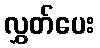
လွှတ်ပေး